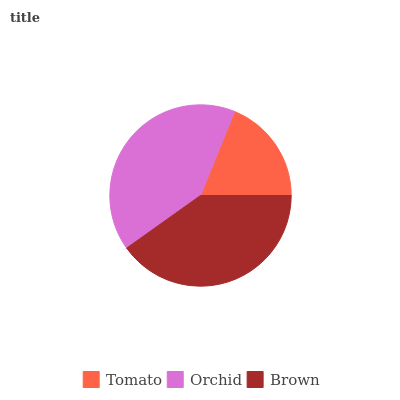
| Tomato | Orchid | Brown |
 | --- | --- | --- |
 | 18.9% | 40.9% | 40.1% |